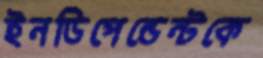
ইনডিপেন্ডেন্টকে